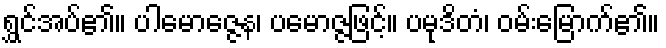
ရွှင်အပ်၏။ ပါမောဇ္ဇေန၊ ပမောဇ္ဇဖြင့်။ ပမုဒိတံ၊ ဝမ်းမြောက်၏။